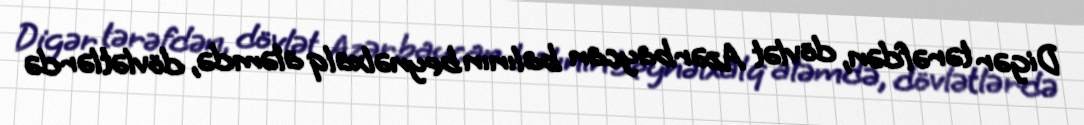
Digər tərəfdən, dövlət Azərbaycan balının beynəlxalq aləmdə, dövlətlərdə